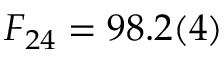
F _ { 2 4 } = 9 8 . 2 ( 4 ) \